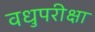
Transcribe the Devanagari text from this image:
वधुपरीक्षा